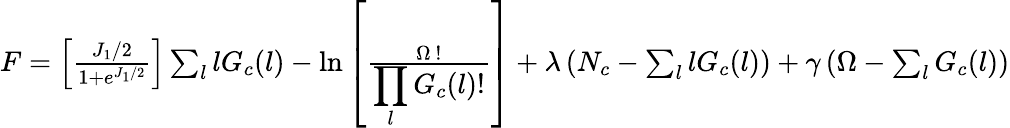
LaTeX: \begin{array}{r}{F=\left[\frac{J_{1}/2}{1+e^{J_{1}/2}}\right]\sum_{l}lG_{c}(l)-\ln\left[\frac{\Omega~!}{\displaystyle\prod_{l}G_{c}(l)!}\right]+\lambda\left(N_{c}-\sum_{l}lG_{c}(l)\right)+\gamma\left(\Omega-\sum_{l}G_{c}(l)\right)}\end{array}